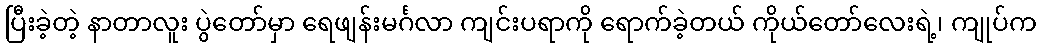
ပြီးခဲ့တဲ့ နာတာလူး ပွဲတော်မှာ ရေဖျန်းမင်္ဂလာ ကျင်းပရာကို ရောက်ခဲ့တယ် ကိုယ်တော်လေးရဲ့၊ ကျုပ်က